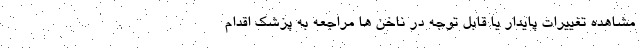
مشاهده تغییرات پایدار یا قابل توجه در ناخن ها مراجعه به پزشک اقدام